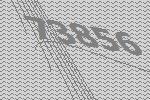
73856